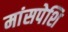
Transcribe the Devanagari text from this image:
मांसपेशि